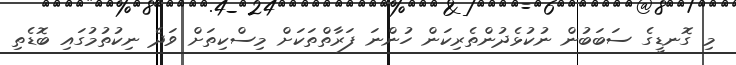
މި ގޮނޑީގެ ސަބަބުން ނުކުޅެދުންތެރިކަން ހުންނަ ފަރާތްތަކަށް މިސްކިތަށް ވަދެ ނިކުތުމުގައި ބޮޑެތި